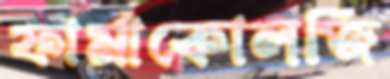
ফার্মাকোলজি